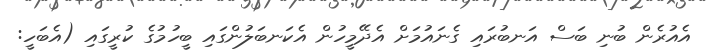
އެއުރެން ބުނި ބަސް އަނބުރައި ގެނައުމަށް އެދޭމީހުން އެކަނބަލުންގައި ބީހުމުގެ ކުރީގައި (އެބަހީ: